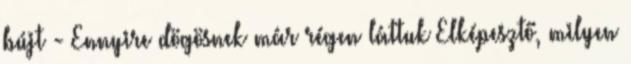
bújt - Ennyire dögösnek már régen láttuk Elképesztő, milyen